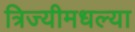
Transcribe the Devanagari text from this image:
त्रिज्यीमधल्या